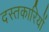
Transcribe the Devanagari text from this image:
दस्तकारियों